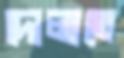
দোলাতে